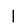
Digit: 1